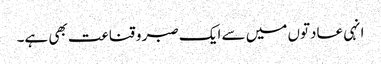
انہی عادتوں میں سے ایک صبر و قناعت بھی ہے۔